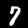
Label: 7